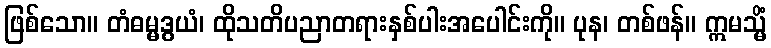
ဖြစ်သော။ တံဓမ္မဒွယံ၊ ထိုသတိပညာတရားနှစ်ပါးအပေါင်းကို။ ပုန၊ တစ်ဖန်။ ဣမသ္မိံ